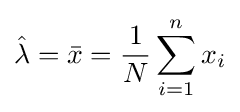
{\hat {\lambda }}={\bar {x}}={\frac {1}{N}}\sum _{i=1}^{n}x_{i}